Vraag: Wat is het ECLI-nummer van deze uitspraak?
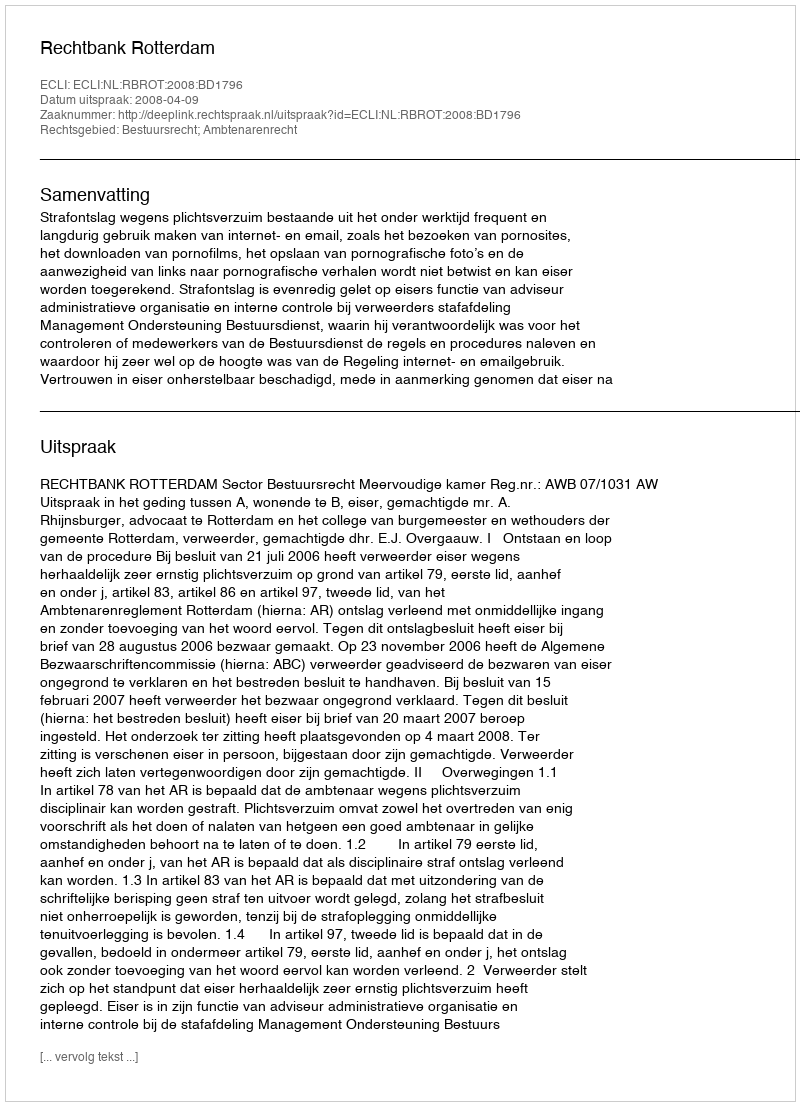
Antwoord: ECLI:NL:RBROT:2008:BD1796